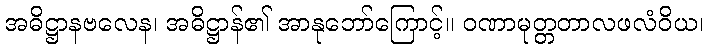
အဓိဋ္ဌာနဗလေန၊ အဓိဋ္ဌာန်၏ အာနုဘော်ကြောင့်။ ဝဏာမုတ္တတာလဖလံဝိယ၊